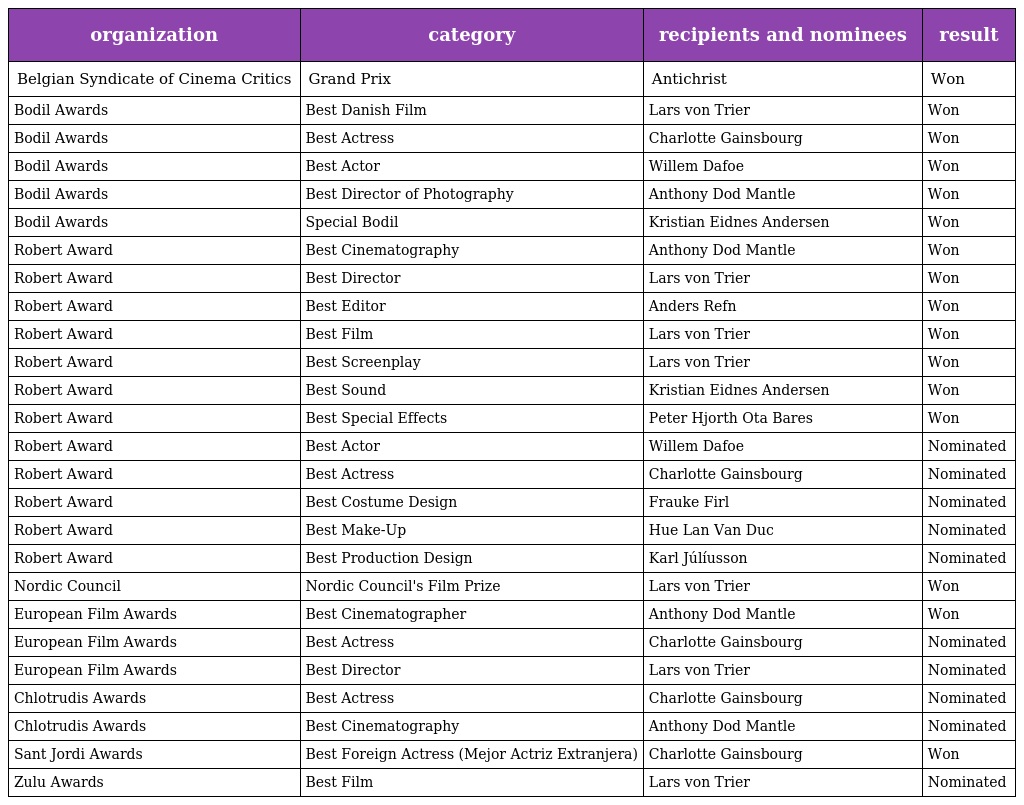
| organization | category | recipients and nominees | result |
 | --- | --- | --- | --- |
 | Belgian Syndicate of Cinema Critics | Grand Prix | Antichrist | Won |
 | Bodil Awards | Best Danish Film | Lars von Trier | Won |
 | Bodil Awards | Best Actress | Charlotte Gainsbourg | Won |
 | Bodil Awards | Best Actor | Willem Dafoe | Won |
 | Bodil Awards | Best Director of Photography | Anthony Dod Mantle | Won |
 | Bodil Awards | Special Bodil | Kristian Eidnes Andersen | Won |
 | Robert Award | Best Cinematography | Anthony Dod Mantle | Won |
 | Robert Award | Best Director | Lars von Trier | Won |
 | Robert Award | Best Editor | Anders Refn | Won |
 | Robert Award | Best Film | Lars von Trier | Won |
 | Robert Award | Best Screenplay | Lars von Trier | Won |
 | Robert Award | Best Sound | Kristian Eidnes Andersen | Won |
 | Robert Award | Best Special Effects | Peter Hjorth Ota Bares | Won |
 | Robert Award | Best Actor | Willem Dafoe | Nominated |
 | Robert Award | Best Actress | Charlotte Gainsbourg | Nominated |
 | Robert Award | Best Costume Design | Frauke Firl | Nominated |
 | Robert Award | Best Make-Up | Hue Lan Van Duc | Nominated |
 | Robert Award | Best Production Design | Karl Júlíusson | Nominated |
 | Nordic Council | Nordic Council's Film Prize | Lars von Trier | Won |
 | European Film Awards | Best Cinematographer | Anthony Dod Mantle | Won |
 | European Film Awards | Best Actress | Charlotte Gainsbourg | Nominated |
 | European Film Awards | Best Director | Lars von Trier | Nominated |
 | Chlotrudis Awards | Best Actress | Charlotte Gainsbourg | Nominated |
 | Chlotrudis Awards | Best Cinematography | Anthony Dod Mantle | Nominated |
 | Sant Jordi Awards | Best Foreign Actress (Mejor Actriz Extranjera) | Charlotte Gainsbourg | Won |
 | Zulu Awards | Best Film | Lars von Trier | Nominated |